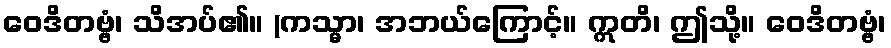
ဝေဒိတဗ္ဗံ၊ သိအပ်၏။ (ကသ္မာ၊ အဘယ်ကြောင့်။ ဣတိ၊ ဤသို့။ ဝေဒိတဗ္ဗံ၊